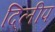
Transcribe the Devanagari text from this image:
दि्लीप